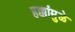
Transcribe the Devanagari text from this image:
हक्कांमुळे